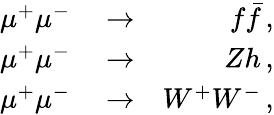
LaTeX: \begin{array}{rlr}{\mu^{+}\mu^{-}}&{{}\to}&{f\bar{f}\, ,}\\ {\mu^{+}\mu^{-}}&{{}\to}&{Zh\, ,}\\ {\mu^{+}\mu^{-}}&{{}\to}&{W^{+}W^{-}\, ,}\end{array}